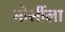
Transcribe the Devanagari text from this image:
मोर्सीला